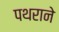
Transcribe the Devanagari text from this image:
पथराने